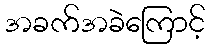
အခက်အခဲကြောင့်